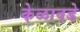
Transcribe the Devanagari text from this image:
केळावडे